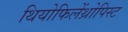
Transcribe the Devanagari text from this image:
थियोफिलेंथ्रोपिस्ट